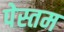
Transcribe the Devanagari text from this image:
पेस्तम